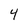
Character: 4